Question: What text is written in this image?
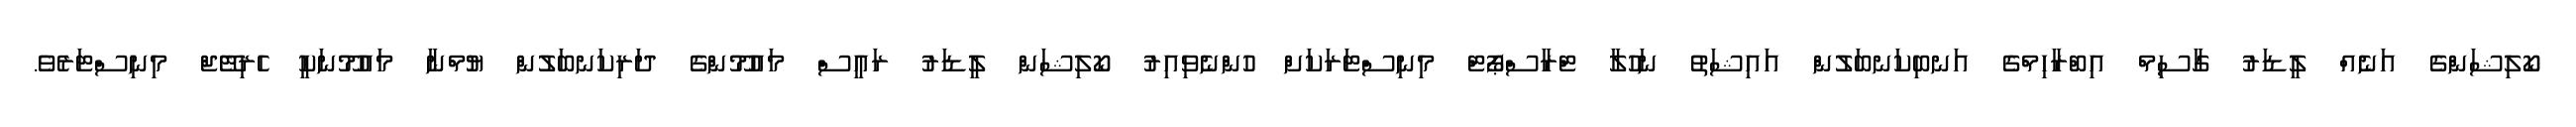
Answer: ކޯލިޝަންގެ އަނެއް ލީޑަރު ގާސިމް އިބްރާހިމްގެ އަނބިކަނބަލުން އައިޝަތު ނަހުލާ ޓްރާސްޕޯޓް މިނިސްޓަރަކަށް ހުންނެވިއިރު ކޯލިޝަން ލީޑަރު ރައީސް މައުމޫންގެ ދަރިކަނބަލުން ޔުމްނާ މައުމޫނަކީ ހެރިޓޭޖް މިނިސްޓަރެވެ.